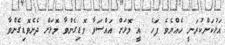
އަޅުކަންކުރަނީ ހެއްޔެވެ ފަހެ  އީ މޮޅަށް އައްސަވާ ވޮޑިގެންވާ މޮޅަށް ދެނެވޮޑިގެންވާ